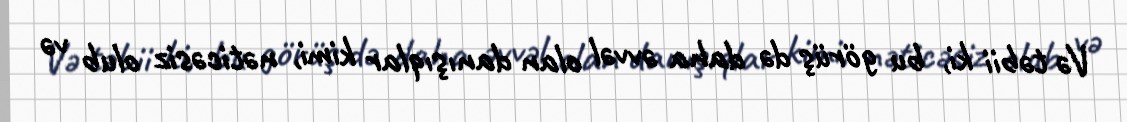
Və təbii ki, bu görüş də daha əvvəl olan danışıqlar kimi, nəticəsiz olub və